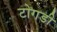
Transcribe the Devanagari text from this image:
टोगडी